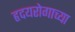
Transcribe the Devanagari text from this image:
हृदयरोगाच्या